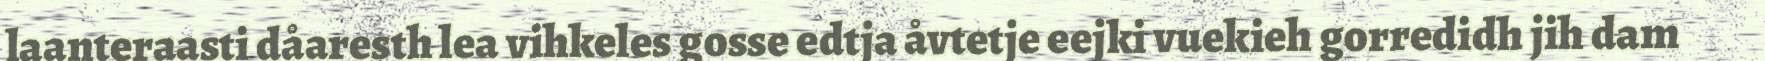
laanteraasti dåaresth lea vihkeles gosse edtja åvtetje eejki vuekieh gorredidh jih dam